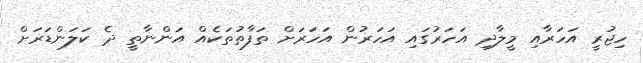
ހިޖުރީ އަހަރާއި މީލާދި އަހަރުގައި އަހަރުން އަހަރަށް ތަފާތުތަކެއް އަންނާތީ ދެ ކަލަންޑަރަށް